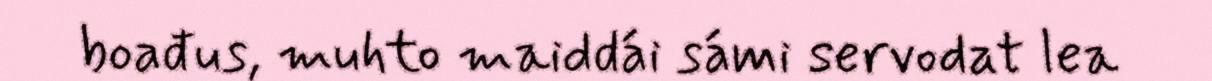
boađus, muhto maiddái sámi servodat lea